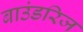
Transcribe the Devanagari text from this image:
बाउंडरिज